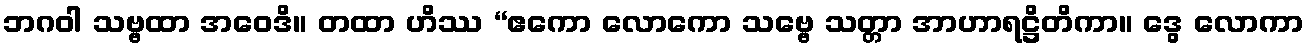
ဘဂဝါ သဗ္ဗထာ အဝေဒိ။ တထာ ဟိဿ “ဧကော လောကော သဗ္ဗေ သတ္တာ အာဟာရဋ္ဌိတိကာ။ ဒွေ လောကာ